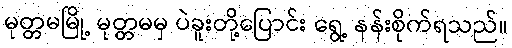
မုတ္တမမြို့ မုတ္တမမှ ပဲခူးတို့ပြောင်း ရွေ့ နန်းစိုက်ရသည်။